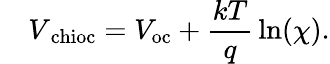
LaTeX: \quad V_{\mathrm{\ chioc}}=V_{\mathrm{oc}}+{\frac{kT}{q}}\ln(\chi).